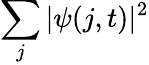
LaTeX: \sum_{j}|\psi(j,t)|^{2}